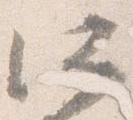
所